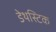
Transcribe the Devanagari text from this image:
डेथस्टिक